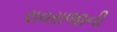
રાવરાજાની